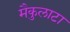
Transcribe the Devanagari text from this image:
मैकुलाटा